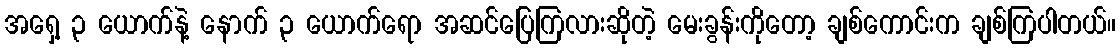
အရှေ့ ၃ ယောက်နဲ့ နောက် ၃ ယောက်ရော အဆင်ပြေကြလားဆိုတဲ့ မေးခွန်းကိုတော့ ချစ်ကောင်းက ချစ်ကြပါတယ်။